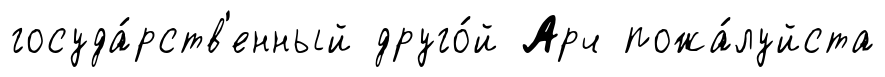
госуда́рств'енный друго́й Арч пожа́луйста